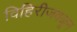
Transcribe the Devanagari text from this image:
विहिरीजवळून